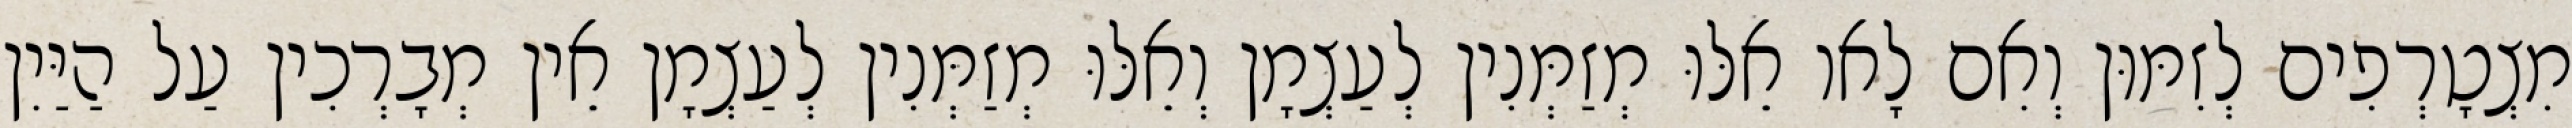
מִצְטָרְפִים לְזִמּוּן וְאִם לָאו אֵלּוּ מְזַמְּנִין לְעַצְמָן וְאֵלּוּ מְזַמְּנִין לְעַצְמָן אֵין מְבָרְכִין עַל הַיַּיִן